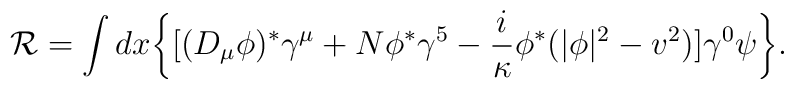
{\cal R} = \int dx \biggl\{ \bigl[ (D_\mu \phi)^* \gamma^\mu+ N\phi^* \gamma^5- {i\over \kappa} \phi^*(|\phi|^2 -v^2)\bigr]\gamma^0 \psi \biggr\}.